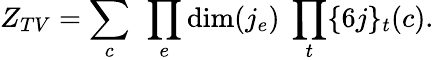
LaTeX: Z_{TV}=\sum_{c}\ \prod_{e}\mathrm{dim}(j_{e})\ \prod_{t}\{ 6j\} _{t}(c).